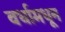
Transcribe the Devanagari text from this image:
वर्धामधून